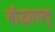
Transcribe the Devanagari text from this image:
बौद्धवास्तु